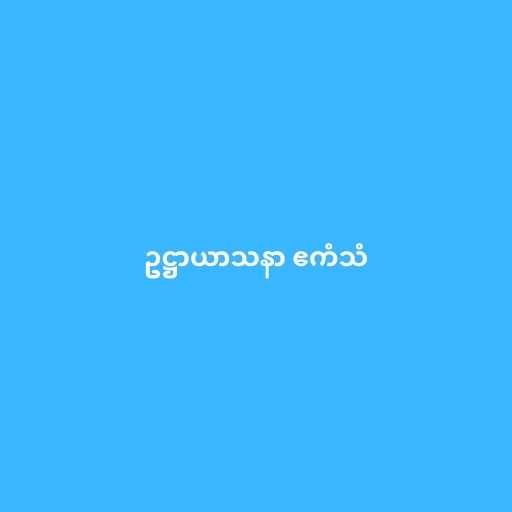
ဥဋ္ဌာယာသနာ ဧကံသံ